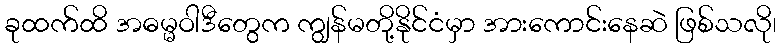
ခုထက်ထိ အဓမ္မဝါဒီတွေက ကျွန်မတို့နိုင်ငံမှာ အားကောင်းနေဆဲ ဖြစ်သလို၊